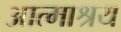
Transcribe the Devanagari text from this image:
आत्माश्रय